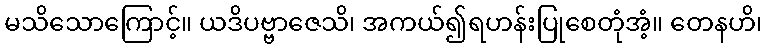
မသိသောကြောင့်။ ယဒိပဗ္ဗာဇေသိ၊ အကယ်၍ရဟန်းပြုစေတုံအံ့။ တေနဟိ၊